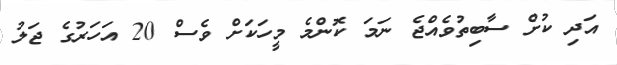
އަދި ކުށް ސާބިތުވެއްޖެ ނަމަ ކޮންމެ މީހަކަށް ވެސް 20 އަހަރުގެ ޖަލު